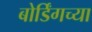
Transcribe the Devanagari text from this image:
बोर्डिंगच्या